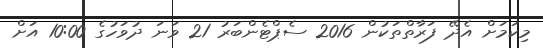
މިކަމަށް އެދޭ ފަރާތްތަކުން 2016 ސެޕްޓެންބަރު 21 ވަނަ ދުވަހުގެ 10:00 އަށް